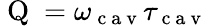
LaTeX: \mathrm{~Q~}=\omega_{\mathrm{~c~a~v~}}\tau_{\mathrm{~c~a~v~}}